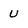
Character: U